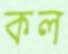
কল